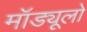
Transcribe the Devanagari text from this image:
मॉड्यूलो